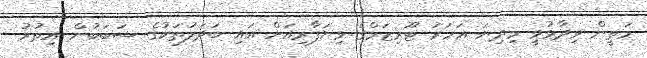
މަތީން ވިދާޅުވީ މިދިޔަ އަހަރު ޓޫރިޒަމްގެ ވިޔަފާރިއަށް އައި ބަދަލުތަކުގެ ސަބަބުން އިތުރު